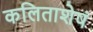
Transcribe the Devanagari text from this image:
कलिताशेषं